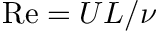
\mathrm { R e } = U L / \nu